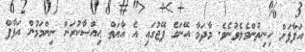
އަފާފަށް ހިނިތުންވެލެވުނެވެ. މާދަމާ އޭނަގެ ޕޭޖުގައި އެ އާޔަތް ޙިއްޞާކުރަން ނިންމަމުން އަފާފް